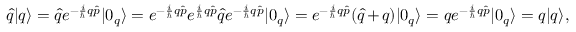
\hat { q } | q \rangle = \hat { q } e ^ { - \frac { i } { \hbar } q \hat { p } } | 0 _ { q } \rangle = e ^ { - \frac { i } { \hbar } q \hat { p } } e ^ { \frac { i } { \hbar } q \hat { p } } \hat { q } e ^ { - \frac { i } { \hbar } q \hat { p } } | 0 _ { q } \rangle = e ^ { - \frac { i } { \hbar } q \hat { p } } ( \hat { q } + q ) | 0 _ { q } \rangle = q e ^ { - \frac { i } { \hbar } q \hat { p } } | 0 _ { q } \rangle = q | q \rangle ,